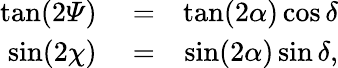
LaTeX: \begin{array}{rlr}{\tan(2{\mathit\Psi})}&{{}=}&{\tan(2\alpha)\cos\delta}\\ {\sin(2\chi)}&{{}=}&{\sin(2\alpha)\sin\delta,}\end{array}